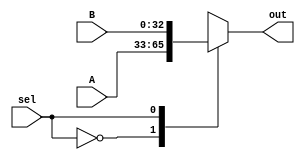
`timescale 1ns / 1ps

module MUX #(parameter DATA_WIDTH = 32)
(
    input [DATA_WIDTH:0]A,
    input [DATA_WIDTH:0]B,
    input sel,
    output reg [DATA_WIDTH:0]out
);
    
always@(*)
begin
    case(sel)
        0: out <= A;
        1: out <= B;
    endcase
end

endmodule